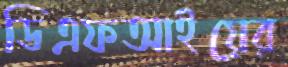
ডিএফআইয়ের